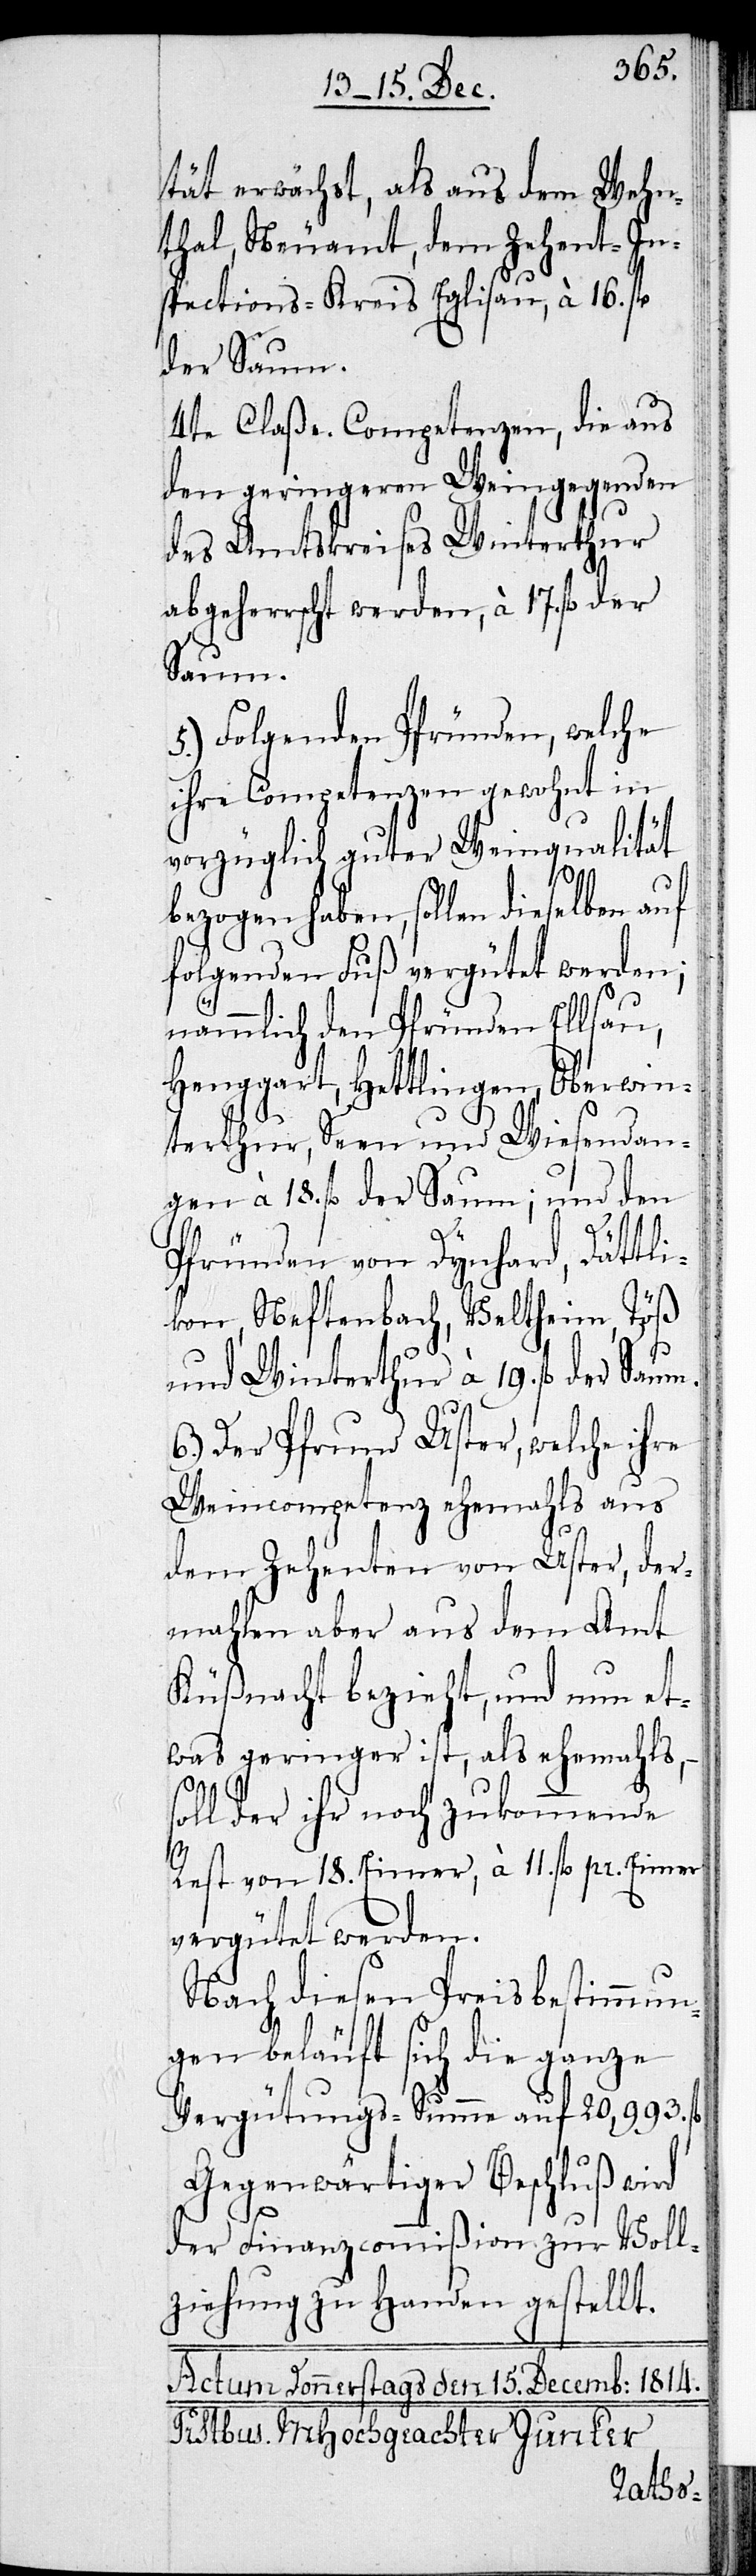
tät erwächst, als aus dem Wehn¬
tal, Neuamt, dem Zehent-In¬
spections-Kreis Eglisau, à 16. fl.
der Saum.
4te Claße. Competenzen, die aus
den geringeren Weingegenden
des Amtskreises Winterthur
abgeherrscht werden, à 17. fl. der
Saum.
5.) Folgenden Pfründen, welche
ihre Competenzen gewohnt in
vorzüglich guter Weinqualität
bezogen haben, sollen dieselben
folgenden Fuß vergütet werden;
nämlich den Pfründen Ellsau,
Henggart, Hettlingen, Oberwin¬
terthur, Seen und Wiesendan¬
gen à 18. fl. der Saum; und den
Pfründen von Dynhard, Dättli¬
kon, Neftenbach, Veltheim, Töß
und Winterthur à 19. fl. der Saum.
6.) Der Pfrund Uster, welche ihre
Weincompetenz ehemahls aus
dem Zehenten von Uster, der¬
mahlen aber aus dem Amt
Küßnacht bezieht, und nun et¬
was geringer ist, als ehemahls,
soll der ihr noch zukommende
Rest von 18. Eimer, à 11. fl. per Eimer
vergütet werden.
Nach diesen Preisbestimmun¬
gen beläuft sich die ganze
Vergütungs-Summe auf 20,993.
Gegenwärtiger Beschluß wird
der Finanzcommißion zur Voll¬
ziehung zu Handen gestellt.